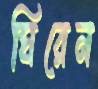
ঘিরেন